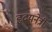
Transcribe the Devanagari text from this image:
हृदयनेत्री